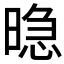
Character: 𱢘